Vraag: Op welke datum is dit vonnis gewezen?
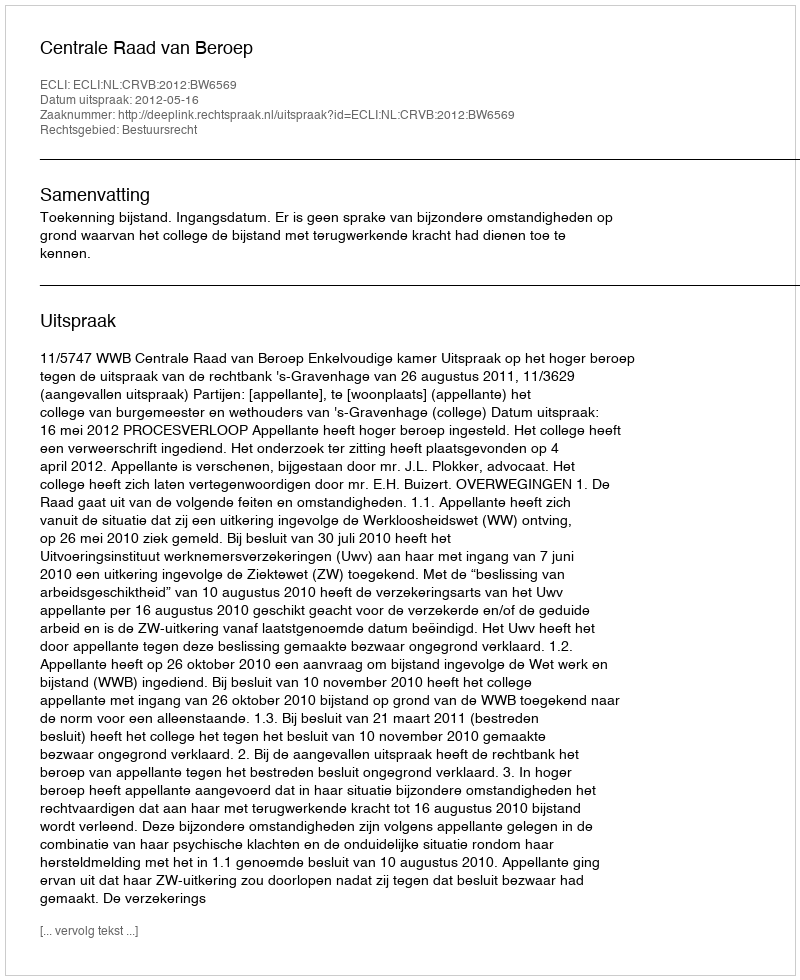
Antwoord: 2012-05-16